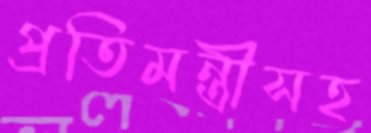
প্রতিমন্ত্রীসহ